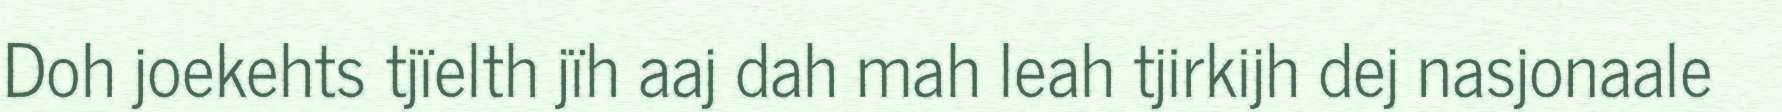
Doh joekehts tjïelth jïh aaj dah mah leah tjirkijh dej nasjonaale